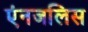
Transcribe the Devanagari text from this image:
एंनजलिस